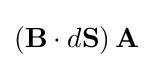
\left(\mathbf {B} \cdot d\mathbf {S} \right)\mathbf {A}